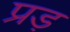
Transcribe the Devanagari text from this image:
प्रड़